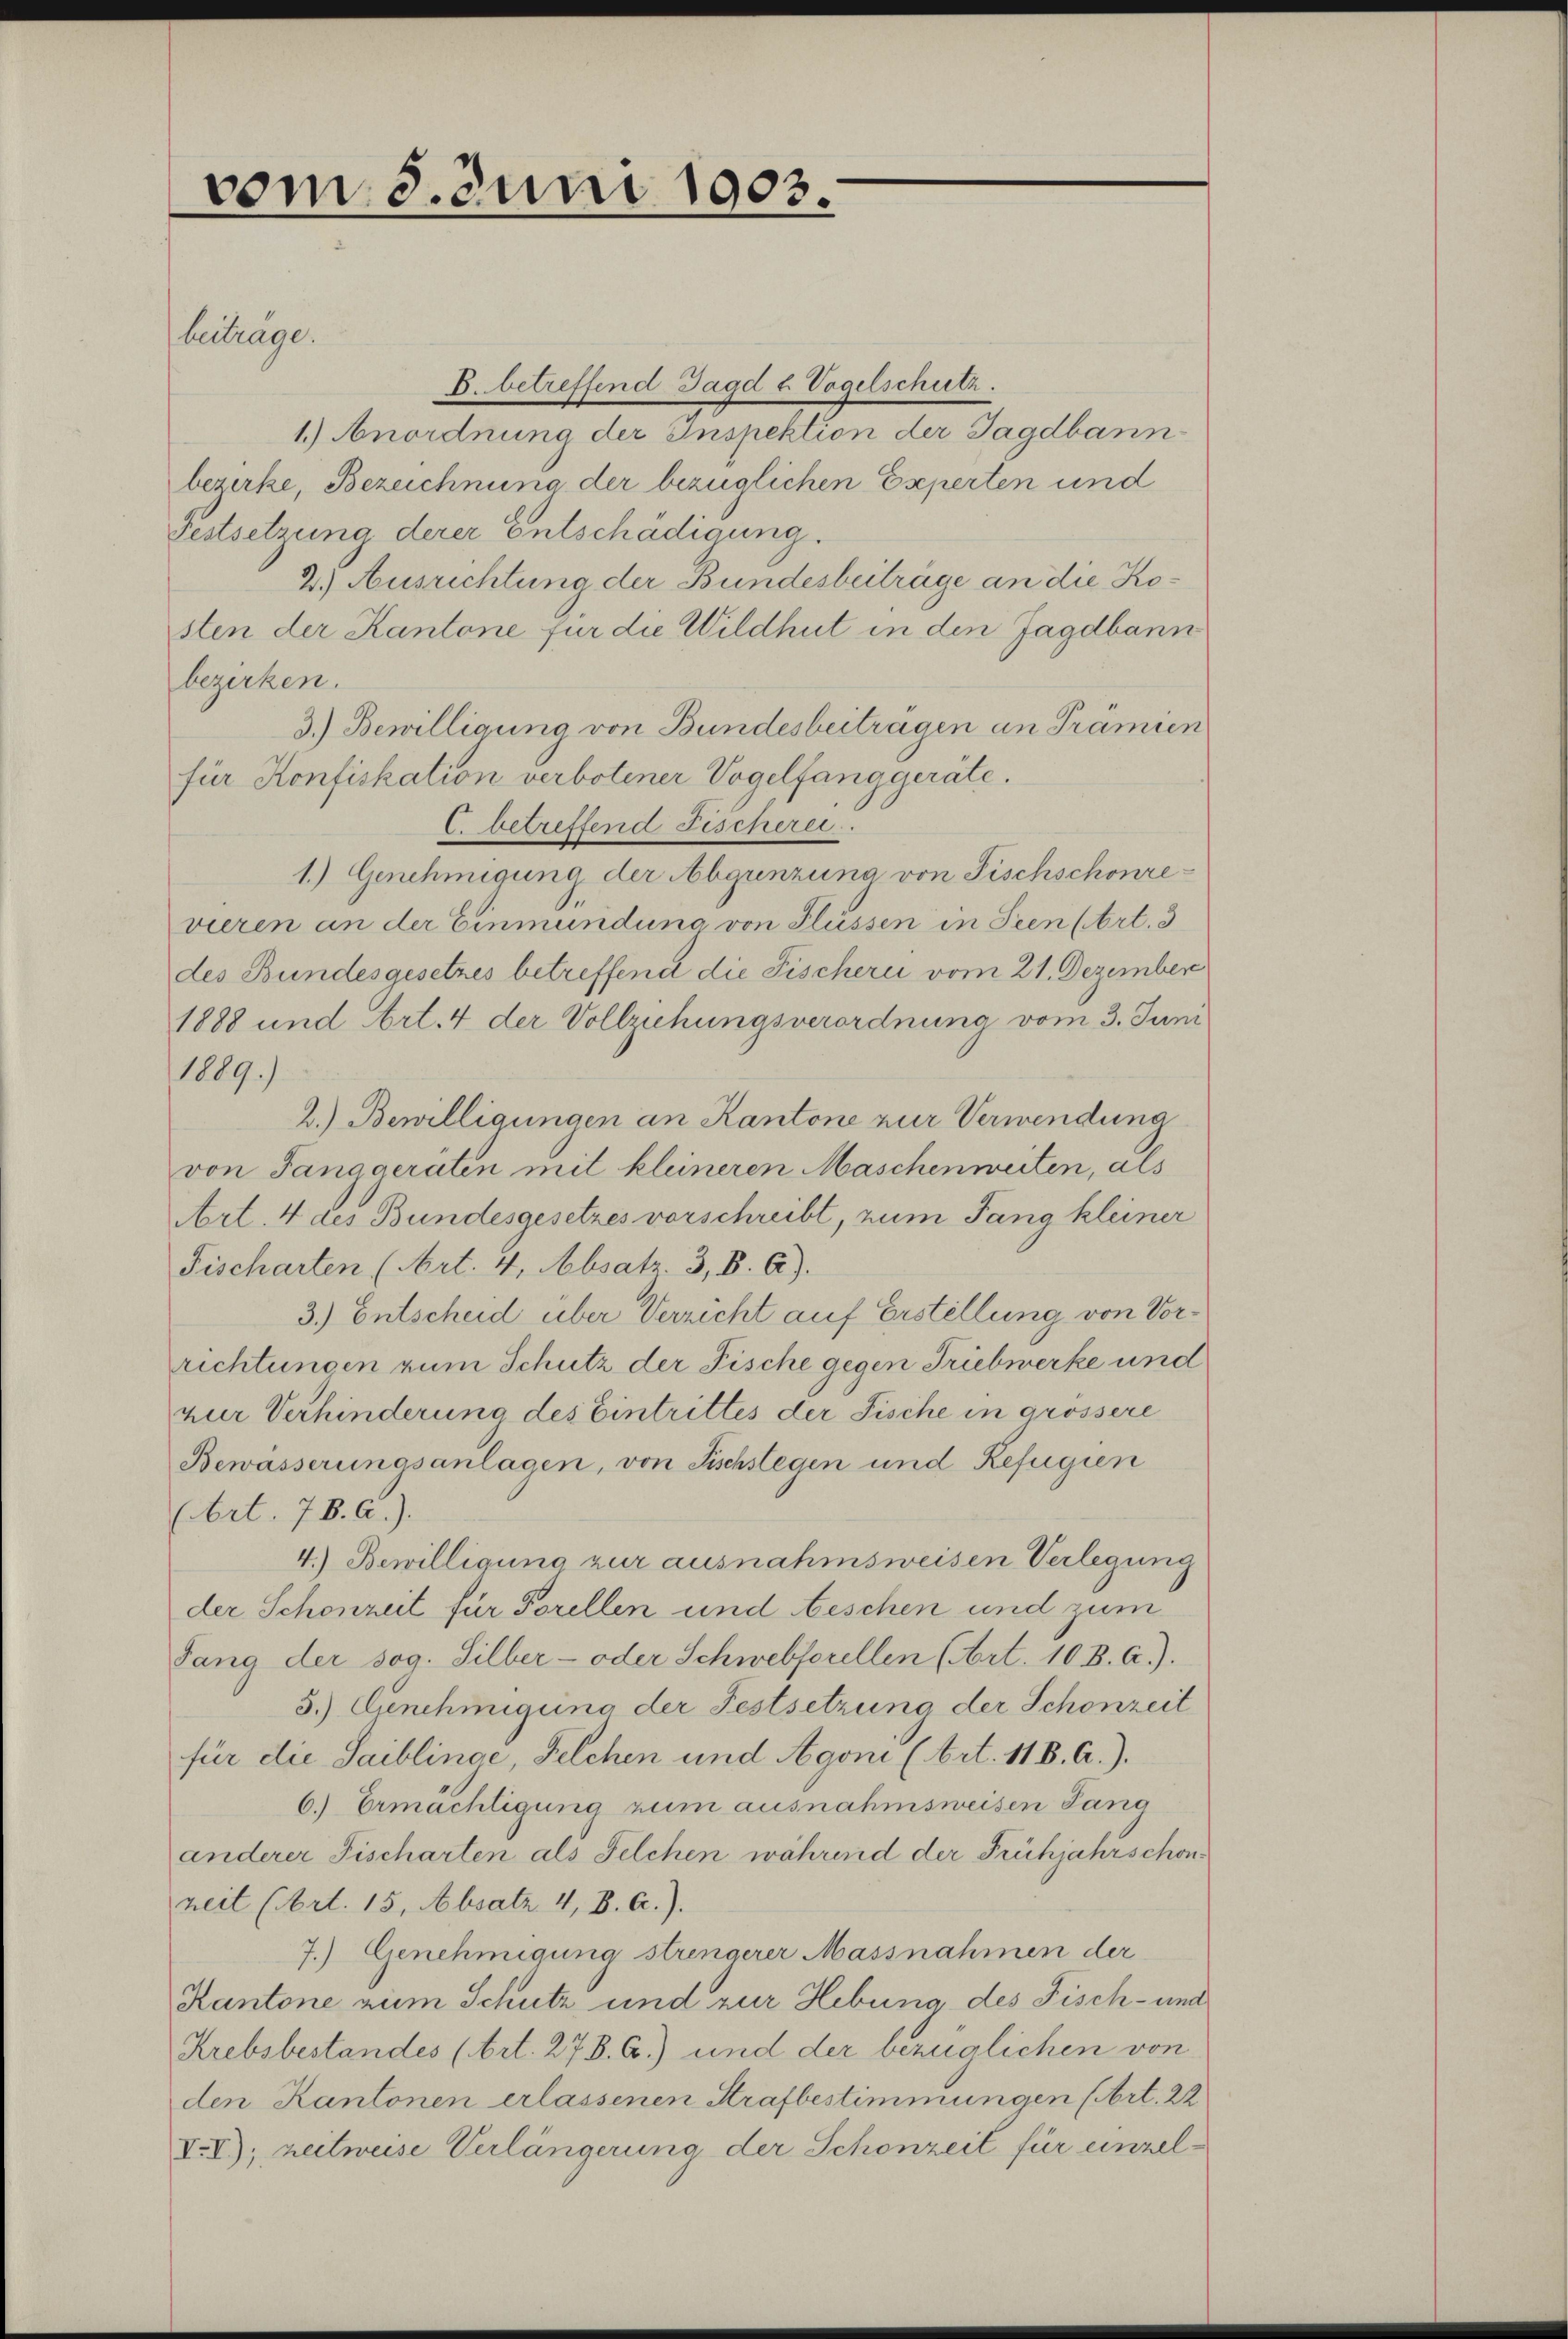
vom 3. Juni 1903.

beiträge.
B. betreffend Jagd u Vogelschutz.
1.) Anordnung der Inspektion der Jagdbann
bezirke, Bezeichnung der bezüglichen Experten und
Festsetzung derer Entschädigung.
2.) Ausrichtung der Bundesbeiträge an die Kosten der Kantone für die Wildhut in den Jagdbann
bezirken.
3.) Bewilligung von Bundesbeiträgen an Prämien
für Konfiskation verbotener Vogelfang geräte.
C. betreffend Fischerei.
1.) Genehmigung der Abgunzuna von Fischschonrevieren an der Einmundung von Flüssen in Seen (Art. 3
des Bundesgesetzes betreffend die Fischerii vom 21. Dezember
1888 und Art. 4 der Vollziehungsverordnung vom 3. Juni
1889.)
2.) Bewilligungen an Kantone zur Verwendung
von Tanggeraten mit kleineren Maschenweiten, als
Art. 4 des Bundesgesetzes vorschreibt, zum Tang kleiner
Fischarten (Art. 4, Absatz. 3, B.6).
3.) Entscheid über Verzicht auf Erstellung von Vorrichtungen zum Schutz der Fische gegen Triebwerke und
zur Verhinderung des Eintrittes der Fische in grössere
Bewässerungsanlagen, von Fischslegen und Refugien
(Art. 78. A.).
4.) Bewilligung zur ausnahmsweisen Verlegung
der Schonzeit für Forellen und beschen und zum
Sang der sog. Silber- oder Schwebterellen (Art. 10. B. A.).
5.) Zunehmigung der Festsetzung der Schonzeit
für die Saiblinge, Felchen und Agoni (Art. 118. A.).
6.) Ermächtigung zum ausnahmsweisen Pana
anderer Fischarten als Felchen während der Frühjahrschon
heit (Art. 15, Absatz. 4, B. A.).
7.) Genehmigung strengerer Massnahmen der
Kantone zum Schutz und zur Hebung des Fisch- und
Krebsbestandes (Art. 278. C.) und der bezüglichen von
den Kantonen erlassenen Strafbestimmungen (Art. 22
V.V); zeitweise Verlängerung der Schonzeit für einzel¬